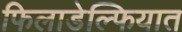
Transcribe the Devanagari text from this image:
फिलाडेल्फियात